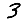
Digit: 3